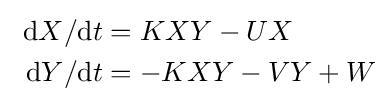
~{\begin{aligned}{{\rm {d}}X}/{{\rm {d}}t}&=KXY-UX\\{{\rm {d}}Y}/{{\rm {d}}t}&=-KXY-VY+W\end{aligned}}